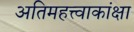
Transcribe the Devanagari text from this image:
अतिमहत्त्वाकांक्षा